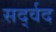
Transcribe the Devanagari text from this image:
सर्द्वद